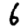
Digit: 6